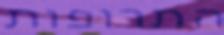
התרופות